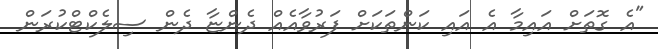
"އެ ގޮތަށް އައިމާ އެ އައި ކަންތަކަށް ފަރުވާއެއް ދެންޏާ ދެން ސިލެކްޓްކުރަން